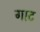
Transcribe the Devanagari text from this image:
गाट